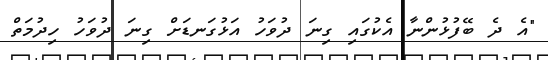
"އެ ދެ ބޭފުޅުންނާ އެކުގައި ގިނަ ދުވަހު އަޅުގަނޑަށް ގިނަ ދުވަހު ހިދުމަތް